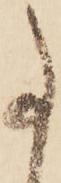
事